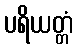
ပရိယတ္တံ